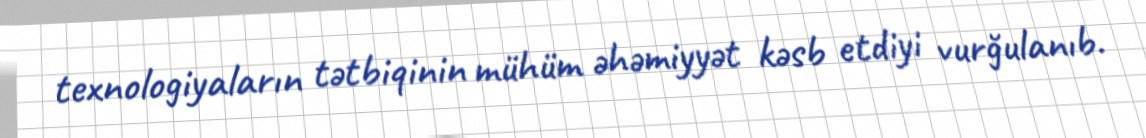
texnologiyaların tətbiqinin mühüm əhəmiyyət kəsb etdiyi vurğulanıb.